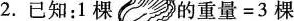
2.已知：1棵 的重量=3棵